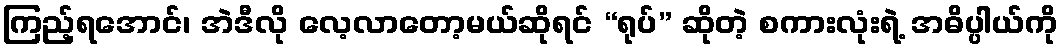
ကြည့်ရအောင်၊ အဲဒီလို လေ့လာတော့မယ်ဆိုရင် “ရုပ်” ဆိုတဲ့ စကားလုံးရဲ့ အဓိပ္ပါယ်ကို